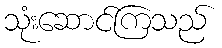
သုံးဆောင်ကြသည်